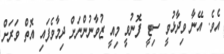
އެވެ. އޭނާ ވިދާޅުވީ ސިޓީ ފޮނުވީ މިއީ ޒުވާނުންނަށް ދިމާވެފައި އޮތް ވަރަށް